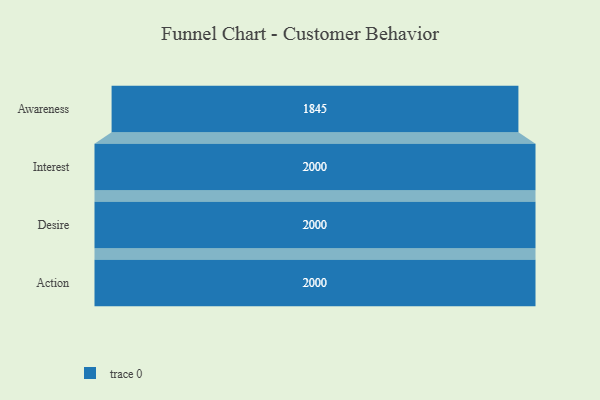
{"axis": {"x": "Stage", "y": "Value"}, "legend": [""], "data": [{"x": "Awareness", "y": 1845.0, "type": ""}, {"x": "Interest", "y": 2000, "type": ""}, {"x": "Desire", "y": 2000, "type": ""}, {"x": "Action", "y": 2000, "type": ""}]}